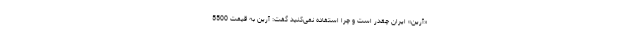
«آرین» ایران چقدر است و چرا استفاده نمی‌کنید گفت: آرین به قیمت 5500